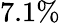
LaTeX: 7.1\%